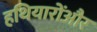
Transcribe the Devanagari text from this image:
हथियारोंऔर